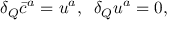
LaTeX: \delta _ { Q } \bar { c } ^ { a } = u ^ { a } , \; \; \delta _ { Q } u ^ { a } = 0 ,